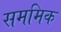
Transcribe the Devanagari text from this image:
सममिक